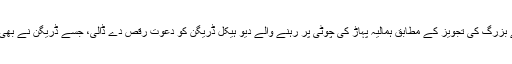
گاؤں کے لوگوں نے بزرگ کی تجویز کے مطابق ہمالیہ پہاڑ کی چوٹی پر رہنے والے دیو ہیکل ڈریگن کو دعوتِ رقص دے ڈالی، جسے ڈریگن نے بھی بخوشی قبول کرلیا ۔